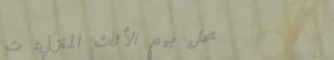
محل بيع الأثاث المنزلي: ت